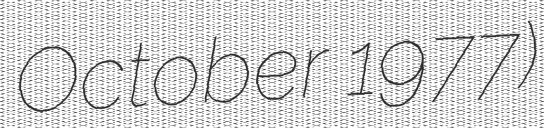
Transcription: October 1977)